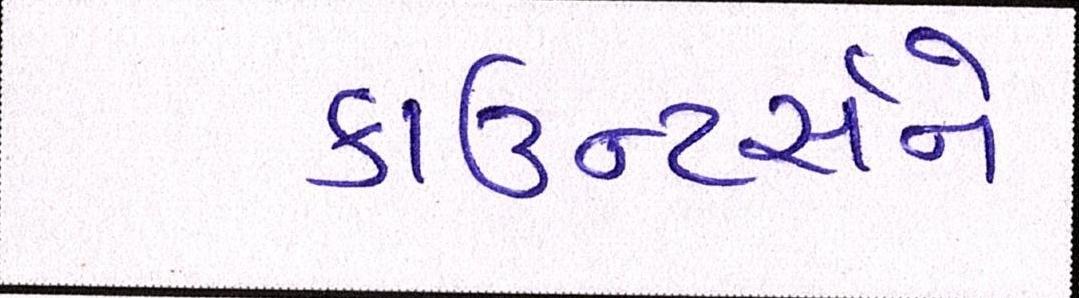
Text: કાઉન્ટર્સને